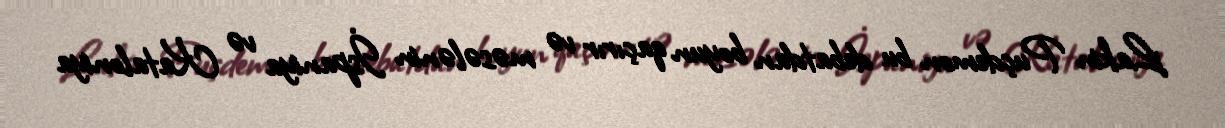
Lakin Puçdemon bu debatdan boyun qaçırır və məsələnin İspaniya və Kataloniya